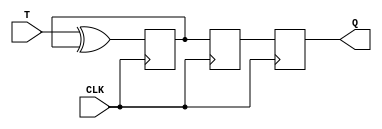
module TFF(input T, input CLK, output reg Q);

    reg Q1, Q2;

    always @(posedge CLK)
    begin
        Q1 <= T ^ Q1;
        Q2 <= Q1;
        Q <= Q2;
    end

endmodule